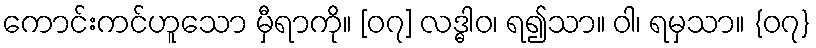
ကောင်းကင်ဟူသော မှီရာကို။ [၀၇] လဒ္ဓါဝ၊ ရ၍သာ။ ဝါ၊ ရမှသာ။ {၀၇}